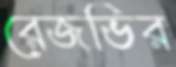
রেজভির